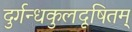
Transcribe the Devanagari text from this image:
दुर्गन्धकुलदूषितम्